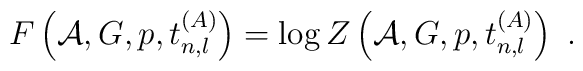
F\left({\cal A},G,p,t^{(A)}_{n,l}\right) =\log Z\left({\cal A},G,p,t^{(A)}_{n,l}\right)~.